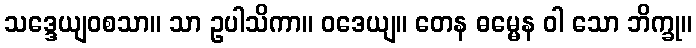
သဒ္ဒေယျဝစသာ။ သာ ဥပါသိကာ။ ဝဒေယျ။ တေန ဓမ္မေန ဝါ သော ဘိက္ခု။